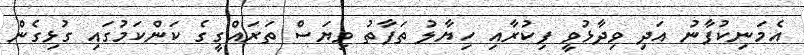
އެމަނިކުފާނު އަދި ވިދާޅުވީ ފިކުރާއި ހިޔާލު ތަފާތު ވިޔަސް ތަރައްގީގެ ކަންކަމުގައި ގުޅިގެން